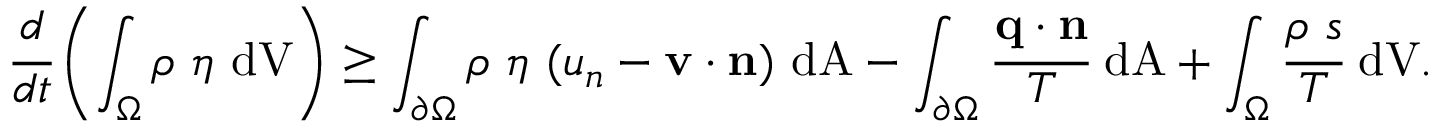
{ \cfrac { d } { d t } } \left( \int _ { \Omega } \rho ~ \eta ~ { \mathrm { d V } } \right) \geq \int _ { \partial \Omega } \rho ~ \eta ~ ( u _ { n } - \mathbf { v } \cdot \mathbf { n } ) ~ { \mathrm { d A } } - \int _ { \partial \Omega } { \cfrac { \mathbf { q } \cdot \mathbf { n } } { T } } ~ { \mathrm { d A } } + \int _ { \Omega } { \cfrac { \rho ~ s } { T } } ~ { \mathrm { d V } } .